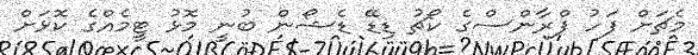
މެޗަށް ފަހު ފްރާންސްގެ ކޯޗު ޑިޑޭ ޑެޝޯން ބުނީ މޮޅު ޓީމެއްގެ ކޮޅަށް